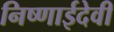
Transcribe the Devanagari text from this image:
निष्णाईदेवी